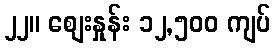
၂၂။ စျေးနှုန်း ၁၂,၅၀၀ ကျပ်